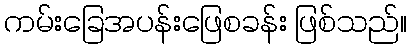
ကမ်းခြေအပန်းဖြေစခန်း ဖြစ်သည်။